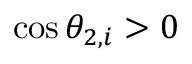
\cos \theta _ { 2 , i } > 0